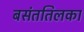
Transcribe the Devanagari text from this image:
बसंततिलका